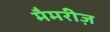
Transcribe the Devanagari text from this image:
मैमरीज़